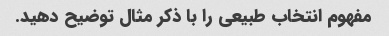
مفهوم انتخاب طبیعی را با ذکر مثال توضیح دهید.